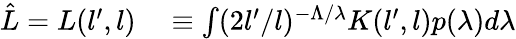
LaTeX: \begin{array}{rl}{\hat{L}=L(l^{\prime},l)}&{{}\equiv\int(2l^{\prime}/l)^{-\Lambda/\lambda}K(l^{\prime},l)p(\lambda)d\lambda}\end{array}